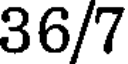
36/7